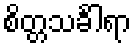
စိတ္တသင်္ခါရာ